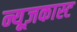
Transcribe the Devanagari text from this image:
न्यूज़कास्ट